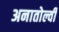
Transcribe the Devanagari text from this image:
अनातोल्वी